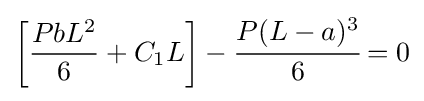
\left[{\dfrac {PbL^{2}}{6}}+C_{1}L\right]-{\cfrac {P(L-a)^{3}}{6}}=0